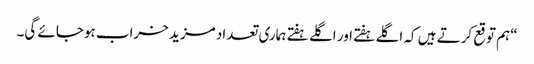
“ہم توقع کرتے ہیں کہ اگلے ہفتے اور اگلے ہفتے ہماری تعداد مزید خراب ہوجائے گی۔